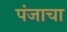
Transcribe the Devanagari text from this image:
पंजाचा